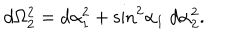
LaTeX: d \Omega _ { 2 } ^ { 2 } = d \alpha _ { 1 } ^ { 2 } + { \sin } ^ { 2 } { \alpha _ { 1 } } \ d \alpha _ { 2 } ^ { 2 } .